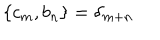
\lbrace c _ { m } , b _ { n } \rbrace = { \delta } _ { m + n }